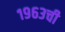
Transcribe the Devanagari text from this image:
१९६३ची